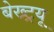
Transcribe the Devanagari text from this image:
बेख्ट्रयू